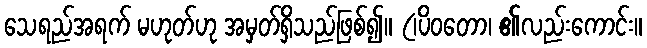
သေရည်အရက် မဟုတ်ဟု အမှတ်ရှိသည်ဖြစ်၍။ (၊ပိဝတော၊ ၏လည်းကောင်း။